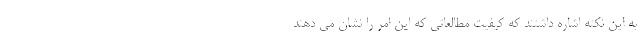
به این نکته اشاره داشتند که کیفیت مطالعاتی که این امر را نشان می دهند